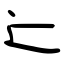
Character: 辷